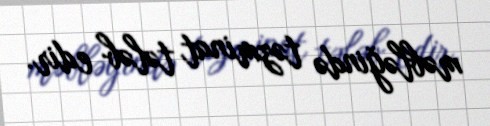
məbləğində təzminat tələb edir.